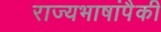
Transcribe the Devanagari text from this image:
राज्यभाषांपैकी